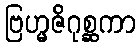
ဗြဟ္မဇိဂုစ္ဆကာ